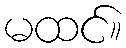
မထင်။